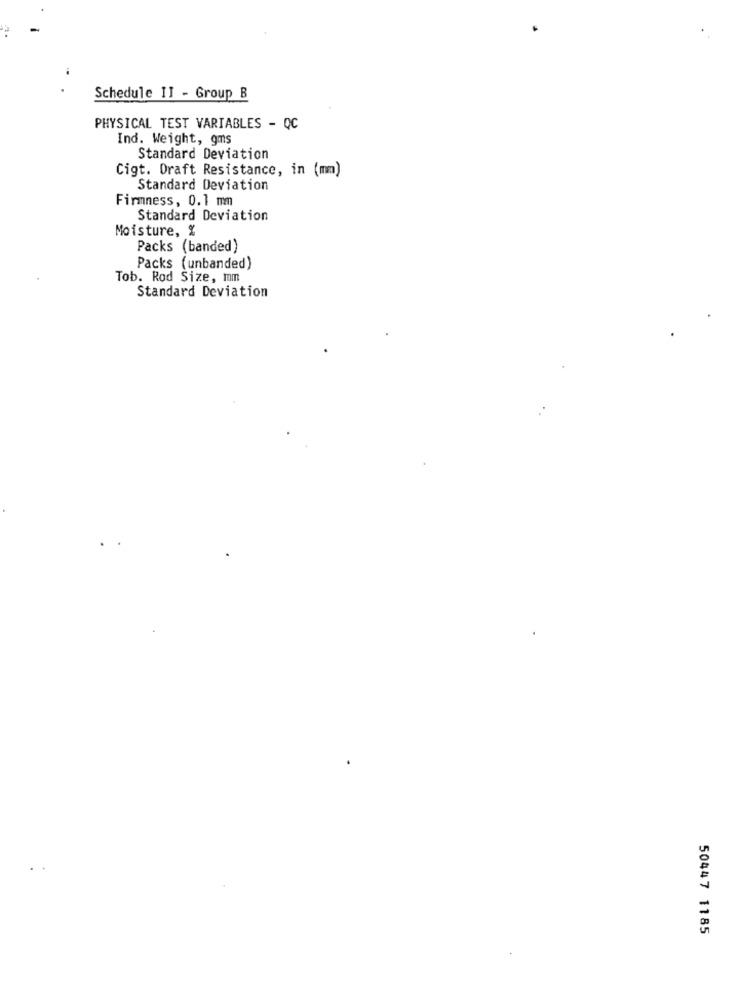
Schedule II - Group B
PHYSICAL TEST VARIABLES - QC
Ind. Weight, gms
Standard Deviation
Cigt. Draft Resistance, in (mm)
Standard Deviation
Firmness, 0.1 mm
Standard Deviation
Moisture, %
Packs (banded)
Packs (unbanded)
Tob. Rod Size, mm
Standard Deviation
50447 1185